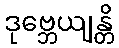
ဒုဗ္ဘေယျန္တိ